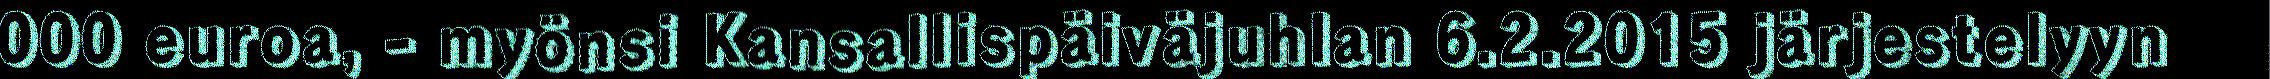
000 euroa, - myönsi Kansallispäiväjuhlan 6.2.2015 järjestelyyn